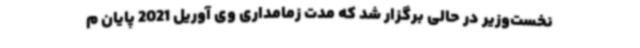
نخست‌وزیر در حالی برگزار شد که مدت زمامداری وی آوریل 2021 پایان م